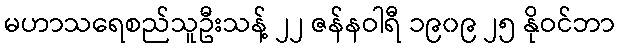
မဟာသရေစည်သူဦးသန့် ၂၂ ဇန်နဝါရီ ၁၉၀၉ ၂၅ နိုဝင်ဘာ